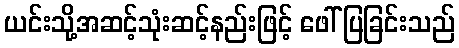
ယင်းသို့အဆင့်သုံးဆင့်နည်းဖြင့် ဖေါ်ပြခြင်းသည်